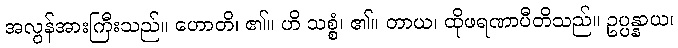
အလွန်အားကြီးသည်။ ဟောတိ၊ ၏။ ဟိ သစ္စံ၊ ၏။ တာယ၊ ထိုဖရဏာပီတိသည်။ ဥပ္ပန္နာယ၊